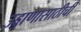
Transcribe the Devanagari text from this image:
उड्डाणासाठीची